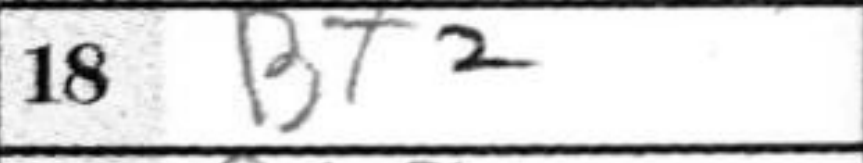
Transcription: Bf2